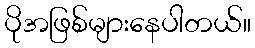
ပိုအဖြစ်များနေပါတယ်။